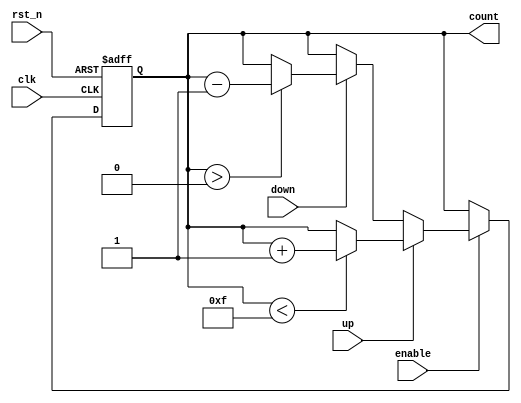
module MemoryBlocksUpDownCounter (
    input wire clk,          // Clock input
    input wire rst_n,       // Asynchronous reset (active low)
    input wire enable,      // Count enable signal
    input wire up,          // Count up signal
    input wire down,        // Count down signal
    output reg [3:0] count  // 4-bit output count value
);

    // Define maximum count value
    localparam MAX_COUNT = 4'b1111; // 15 for 4-bit counter
    localparam INITIAL_COUNT = 4'b0000; // Reset value

    // Memory block to store count value
    reg [3:0] memory;

    always @(posedge clk or negedge rst_n) begin
        if (!rst_n) begin
            // Asynchronous reset
            memory <= INITIAL_COUNT; // Clear memory to predefined value
        end else if (enable) begin
            // Count up or down based on control signals
            if (up) begin
                if (memory < MAX_COUNT) begin
                    memory <= memory + 1; // Increment count
                end
            end else if (down) begin
                if (memory > INITIAL_COUNT) begin
                    memory <= memory - 1; // Decrement count
                end
            end
        end
    end

    // Output current count value from memory block
    always @(*) begin
        count = memory;
    end

endmodule